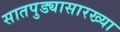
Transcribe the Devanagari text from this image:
सातपुड्यासारख्या